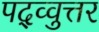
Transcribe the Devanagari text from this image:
पद्व्वुत्तर